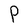
Character: P